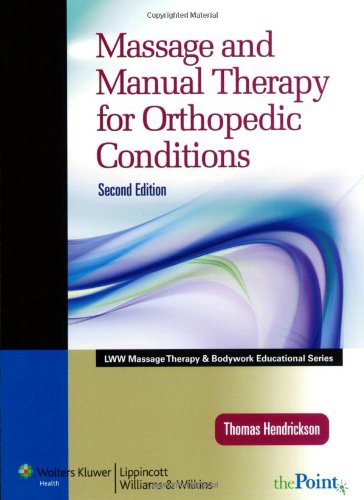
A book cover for Massage and Manual Therapy for Orthopedic Conditions (LWW Massage Therapy and Bodywork Educational Series); Thomas Hendrickson DC; Medical Books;